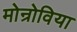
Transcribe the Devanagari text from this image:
मोन्रोविया